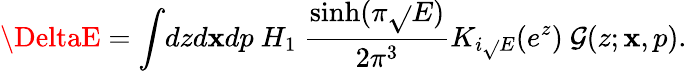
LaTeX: \DeltaE=\int\! dzd\mathbf{x}dp~H_{1}~\frac{{\sinh(\pi\sqrt{}{{E}})}}{{2\pi^{3}}}K_{i\sqrt{}{{E}}}(e^{z})~\mathcal{{G}}(z;\mathbf{x},p).